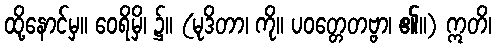
ထို့နောင်မှ။ ဝေရိမှိ၊ ၌။ (မုဒိတာ၊ ကို။ ပဝတ္တေတဗ္ဗာ၊ ၏။) ဣတိ၊